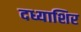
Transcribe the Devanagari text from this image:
दध्याशिर